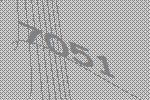
7051